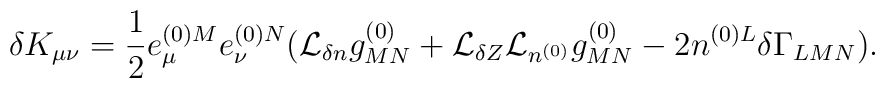
\delta K_{\mu\nu} = \frac{1}{2}e^{(0)M}_{\mu}e^{(0)N}_{\nu}	({\cal L}_{\delta n}g^{(0)}_{MN}	+ {\cal L}_{\delta Z}{\cal L}_{n^{(0)}}g^{(0)}_{MN}	- 2n^{(0)L}\delta\Gamma_{LMN}).